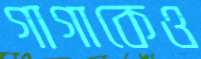
গাগাকেও